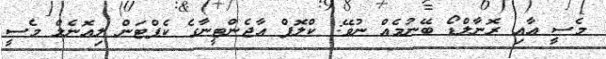
މެސީ އާއި ރޮނާލްޑޯ ބޭނުމެއް ނުވޭ: ކްލޮޕް އާޖެންޓީނާގެ ކެޕްޓަން ލިއޮނެލް މެސީ